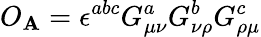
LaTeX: O_{\mathbf{A}}=\epsilon^{abc}G_{\mu\nu}^{a}G_{\nu\rho}^{b}G_{\rho\mu}^{c}